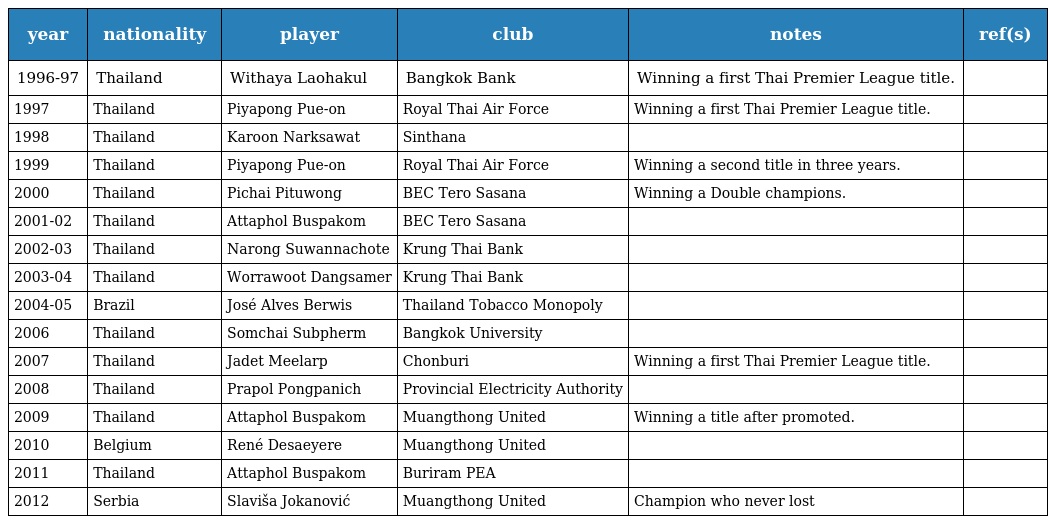
| year | nationality | player | club | notes | ref(s) |
 | --- | --- | --- | --- | --- | --- |
 | 1996-97 | Thailand | Withaya Laohakul | Bangkok Bank | Winning a first Thai Premier League title. |  |
 | 1997 | Thailand | Piyapong Pue-on | Royal Thai Air Force | Winning a first Thai Premier League title. |  |
 | 1998 | Thailand | Karoon Narksawat | Sinthana |  |  |
 | 1999 | Thailand | Piyapong Pue-on | Royal Thai Air Force | Winning a second title in three years. |  |
 | 2000 | Thailand | Pichai Pituwong | BEC Tero Sasana | Winning a Double champions. |  |
 | 2001-02 | Thailand | Attaphol Buspakom | BEC Tero Sasana |  |  |
 | 2002-03 | Thailand | Narong Suwannachote | Krung Thai Bank |  |  |
 | 2003-04 | Thailand | Worrawoot Dangsamer | Krung Thai Bank |  |  |
 | 2004-05 | Brazil | José Alves Berwis | Thailand Tobacco Monopoly |  |  |
 | 2006 | Thailand | Somchai Subpherm | Bangkok University |  |  |
 | 2007 | Thailand | Jadet Meelarp | Chonburi | Winning a first Thai Premier League title. |  |
 | 2008 | Thailand | Prapol Pongpanich | Provincial Electricity Authority |  |  |
 | 2009 | Thailand | Attaphol Buspakom | Muangthong United | Winning a title after promoted. |  |
 | 2010 | Belgium | René Desaeyere | Muangthong United |  |  |
 | 2011 | Thailand | Attaphol Buspakom | Buriram PEA |  |  |
 | 2012 | Serbia | Slaviša Jokanović | Muangthong United | Champion who never lost |  |